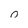
Character: 0